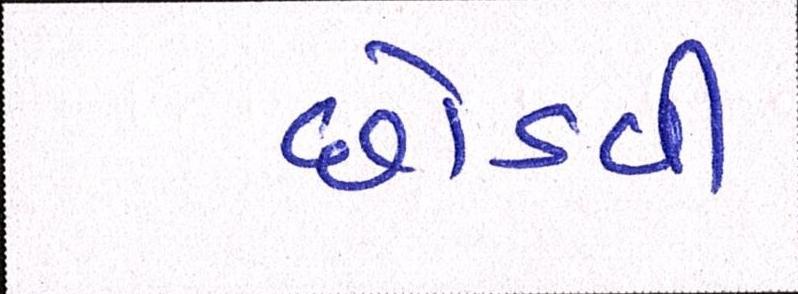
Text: છોડવી